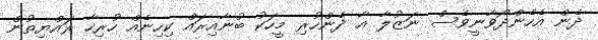
ދެން އެހެންދޯވާނީވެސް ނަޒުލާ އާ ދެންހުރި މީހަކު ބުނާއިރައް ކިހިނެއް ހުރިހާ ރައްޔިތުން